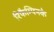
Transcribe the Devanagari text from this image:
रिफैम्पिनके